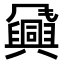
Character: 𬲈